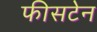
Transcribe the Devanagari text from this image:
फीसटेन